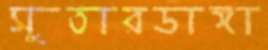
সুতারডাঙ্গা